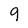
Character: 9